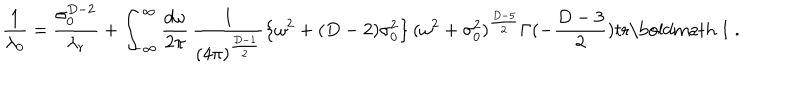
\frac { 1 } { \lambda _ { 0 } } = \frac { \sigma _ { 0 } ^ { D - 2 } } { \lambda _ { r } } + \int _ { - \infty } ^ { \infty } \frac { d \omega } { 2 \pi } \, \frac { 1 } { ( 4 \pi ) ^ { \frac { D - 1 } { 2 } } } \left\{ \omega ^ { 2 } + ( D - 2 ) \sigma _ { 0 } ^ { 2 } \right\} ( \omega ^ { 2 } + \sigma _ { 0 } ^ { 2 } ) ^ { \frac { D - 5 } { 2 } } \Gamma ( - \frac { D - 3 } { 2 } ) \mathrm { t r } \mathrm { \boldmath ~ 1 ~ } .